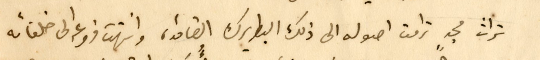
تراث مجدٍ ترامت اصوله الى ذلك البطريرك القامة، وانتهت فروعه الى خلفائه